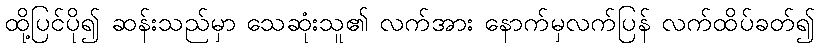
ထို့ပြင်ပို၍ ဆန်းသည်မှာ သေဆုံးသူ၏ လက်အား နောက်မှလက်ပြန် လက်ထိပ်ခတ်၍